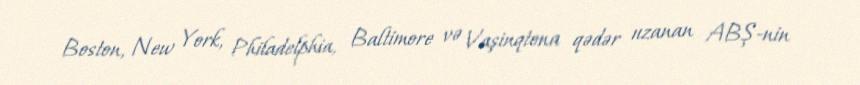
Boston, New York, Philadelphia, Baltimore və Vaşinqtona qədər uzanan ABŞ-nin